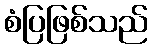
စံပြဖြစ်သည်